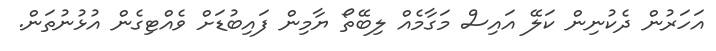
އަހަރުން ދެކުނިން ކަލޭ އައިސް މަގާމެއް ލިބޭތޯ ޔާމިން ފައިބުޑަށް ވެއްޓިގެން އުޅުނުތަން.